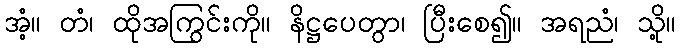
အံ့။ တံ၊ ထိုအကြွင်းကို။ နိဋ္ဌပေတွာ၊ ပြီးစေ၍။ အရညံ၊ သို့။